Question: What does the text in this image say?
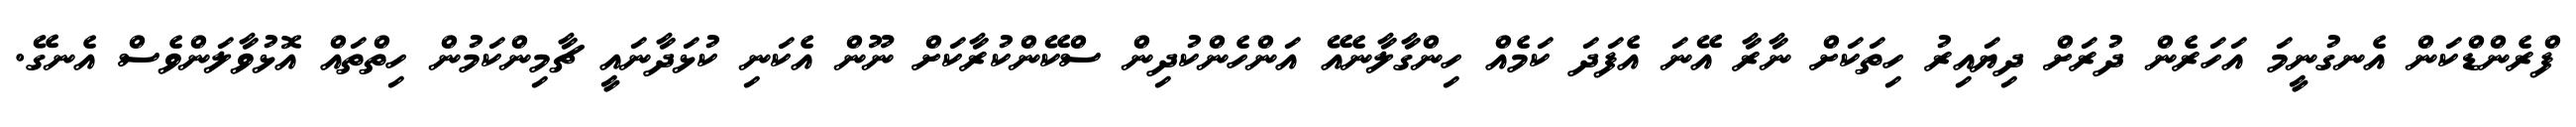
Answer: ފްރެންޑްކަން އެނގުނީމަ އަހަރެން ދުރަށް ދިޔައިރު ހިތަކަށް ނާރާ އޭނަ އެފަދަ ކަމެއް ހިންގާލާނެއޭ އަންހެންކުދިން ސްކޭންކުރާކަށް ނޫން އެކަނި ކުޅަދާނައީ ޗާމިންކަމުން ހިތްތައް އޮޅުވާލަންވެސް އެނގޭ.